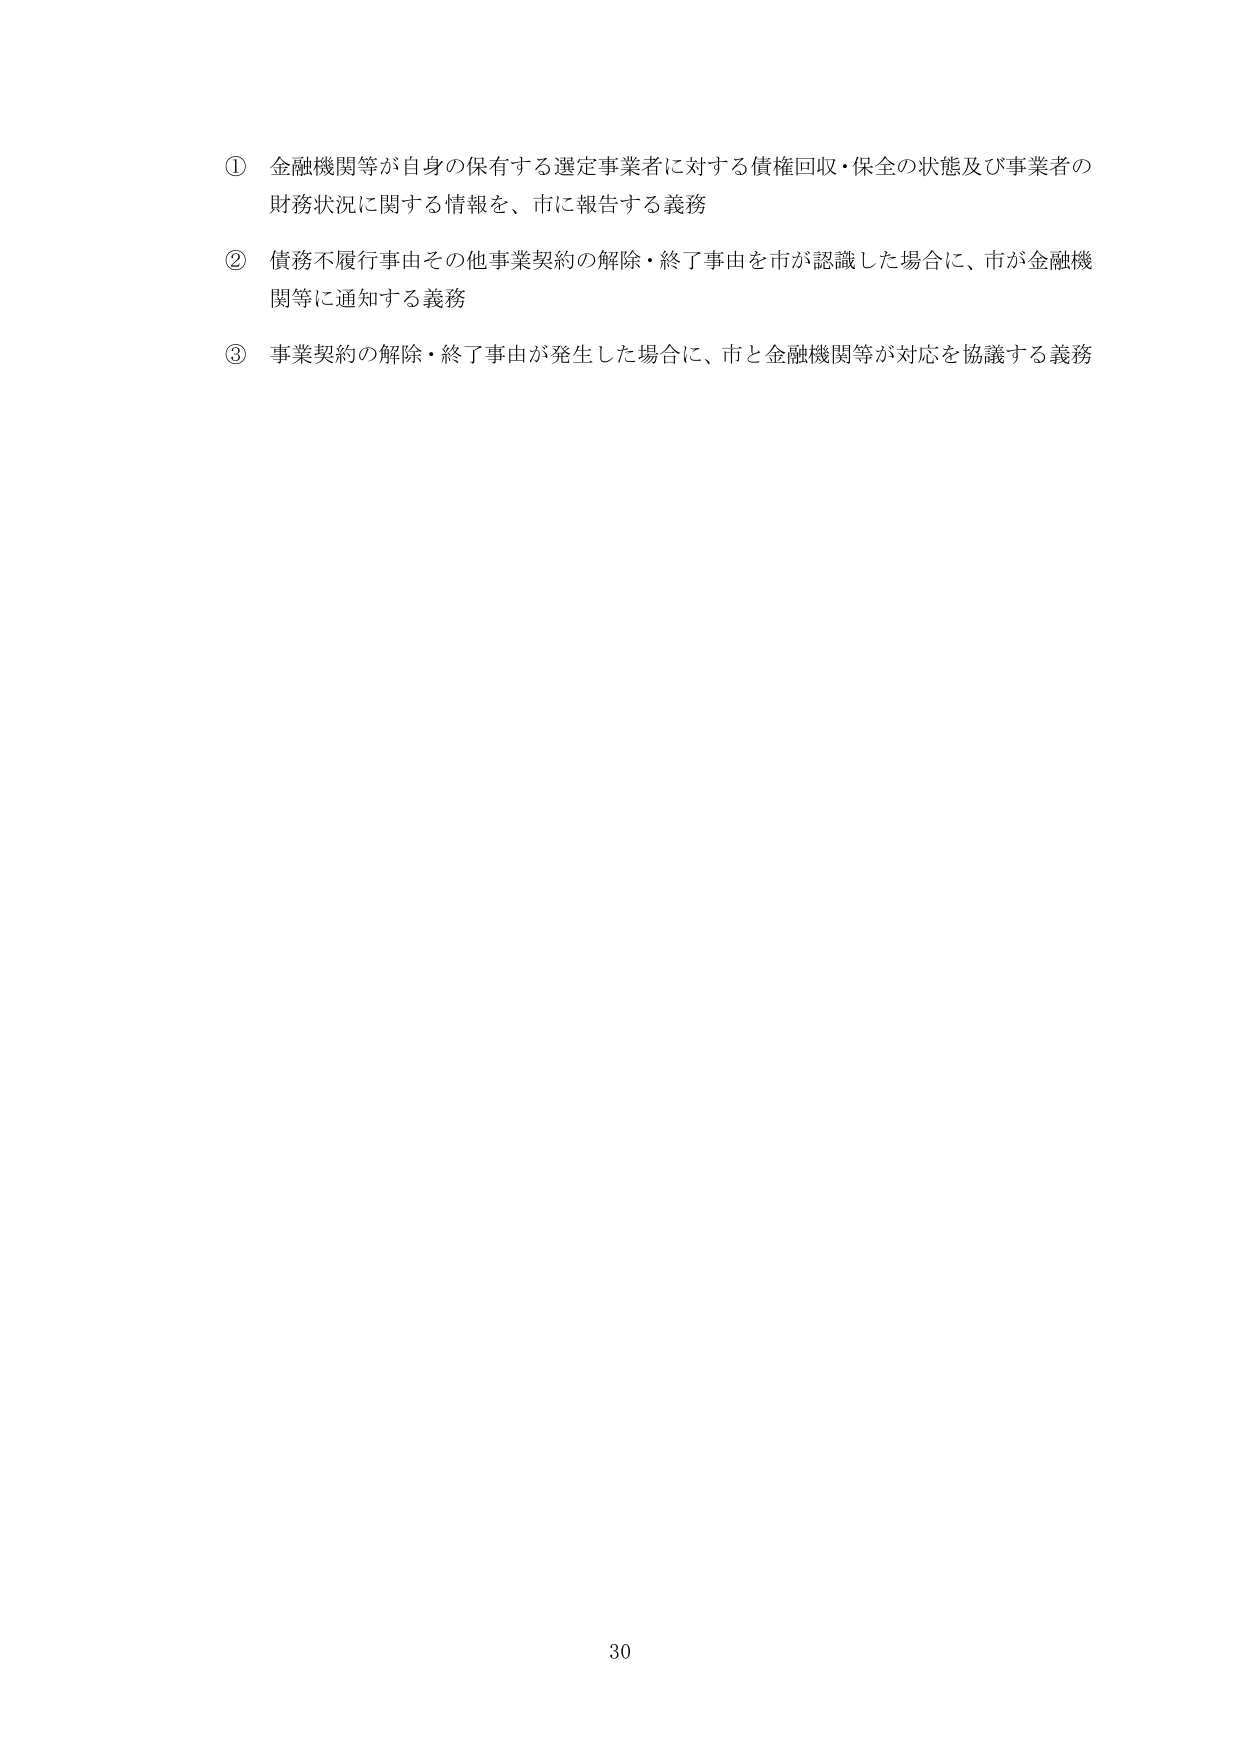
① 金融機関等が自身の保有する選定事業者に対する債権回収・保全の状態及び事業者の財務状況に関する情報を、市に報告する義務

② 債務不履行事由その他事業契約の解除・終了事由を市が認識した場合に、市が金融機関等に通知する義務

③ 事業契約の解除・終了事由が発生した場合に、市と金融機関等が対応を協議する義務

30